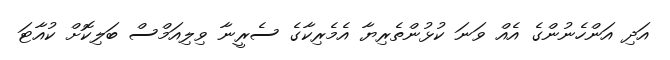
އަދި އަންހެނުންގެ އެއް ވަނަ ކުޅުންތެރިޔާ އެމެރިކާގެ ސެރީނާ ވިލިއަމްސް ބަލިކޮށް ކުއާޓަ